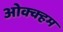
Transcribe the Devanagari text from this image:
ओक्क्हम